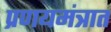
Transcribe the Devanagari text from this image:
प्रणयमंत्रात